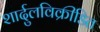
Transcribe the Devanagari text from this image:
शार्दुलविक्रीडित